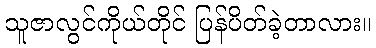
သူဇာလွင်ကိုယ်တိုင် ပြန်ပိတ်ခဲ့တာလား။